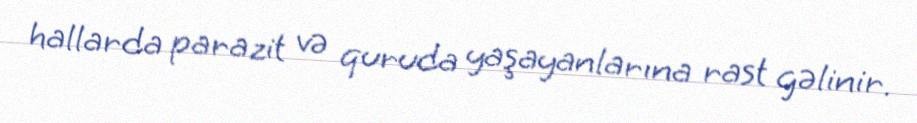
hallarda parazit və quruda yaşayanlarına rast gəlinir.